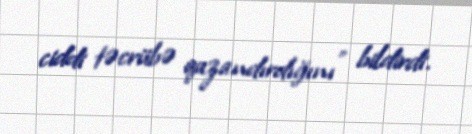
ciddi təcrübə qazandırdığını" bildirdi.